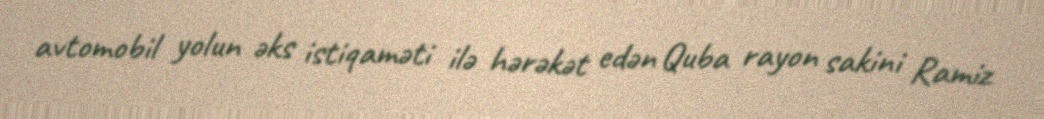
avtomobil yolun əks istiqaməti ilə hərəkət edən Quba rayon sakini Ramiz